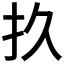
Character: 𫼖